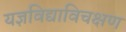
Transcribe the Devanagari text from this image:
यज्ञविद्याविचक्षण